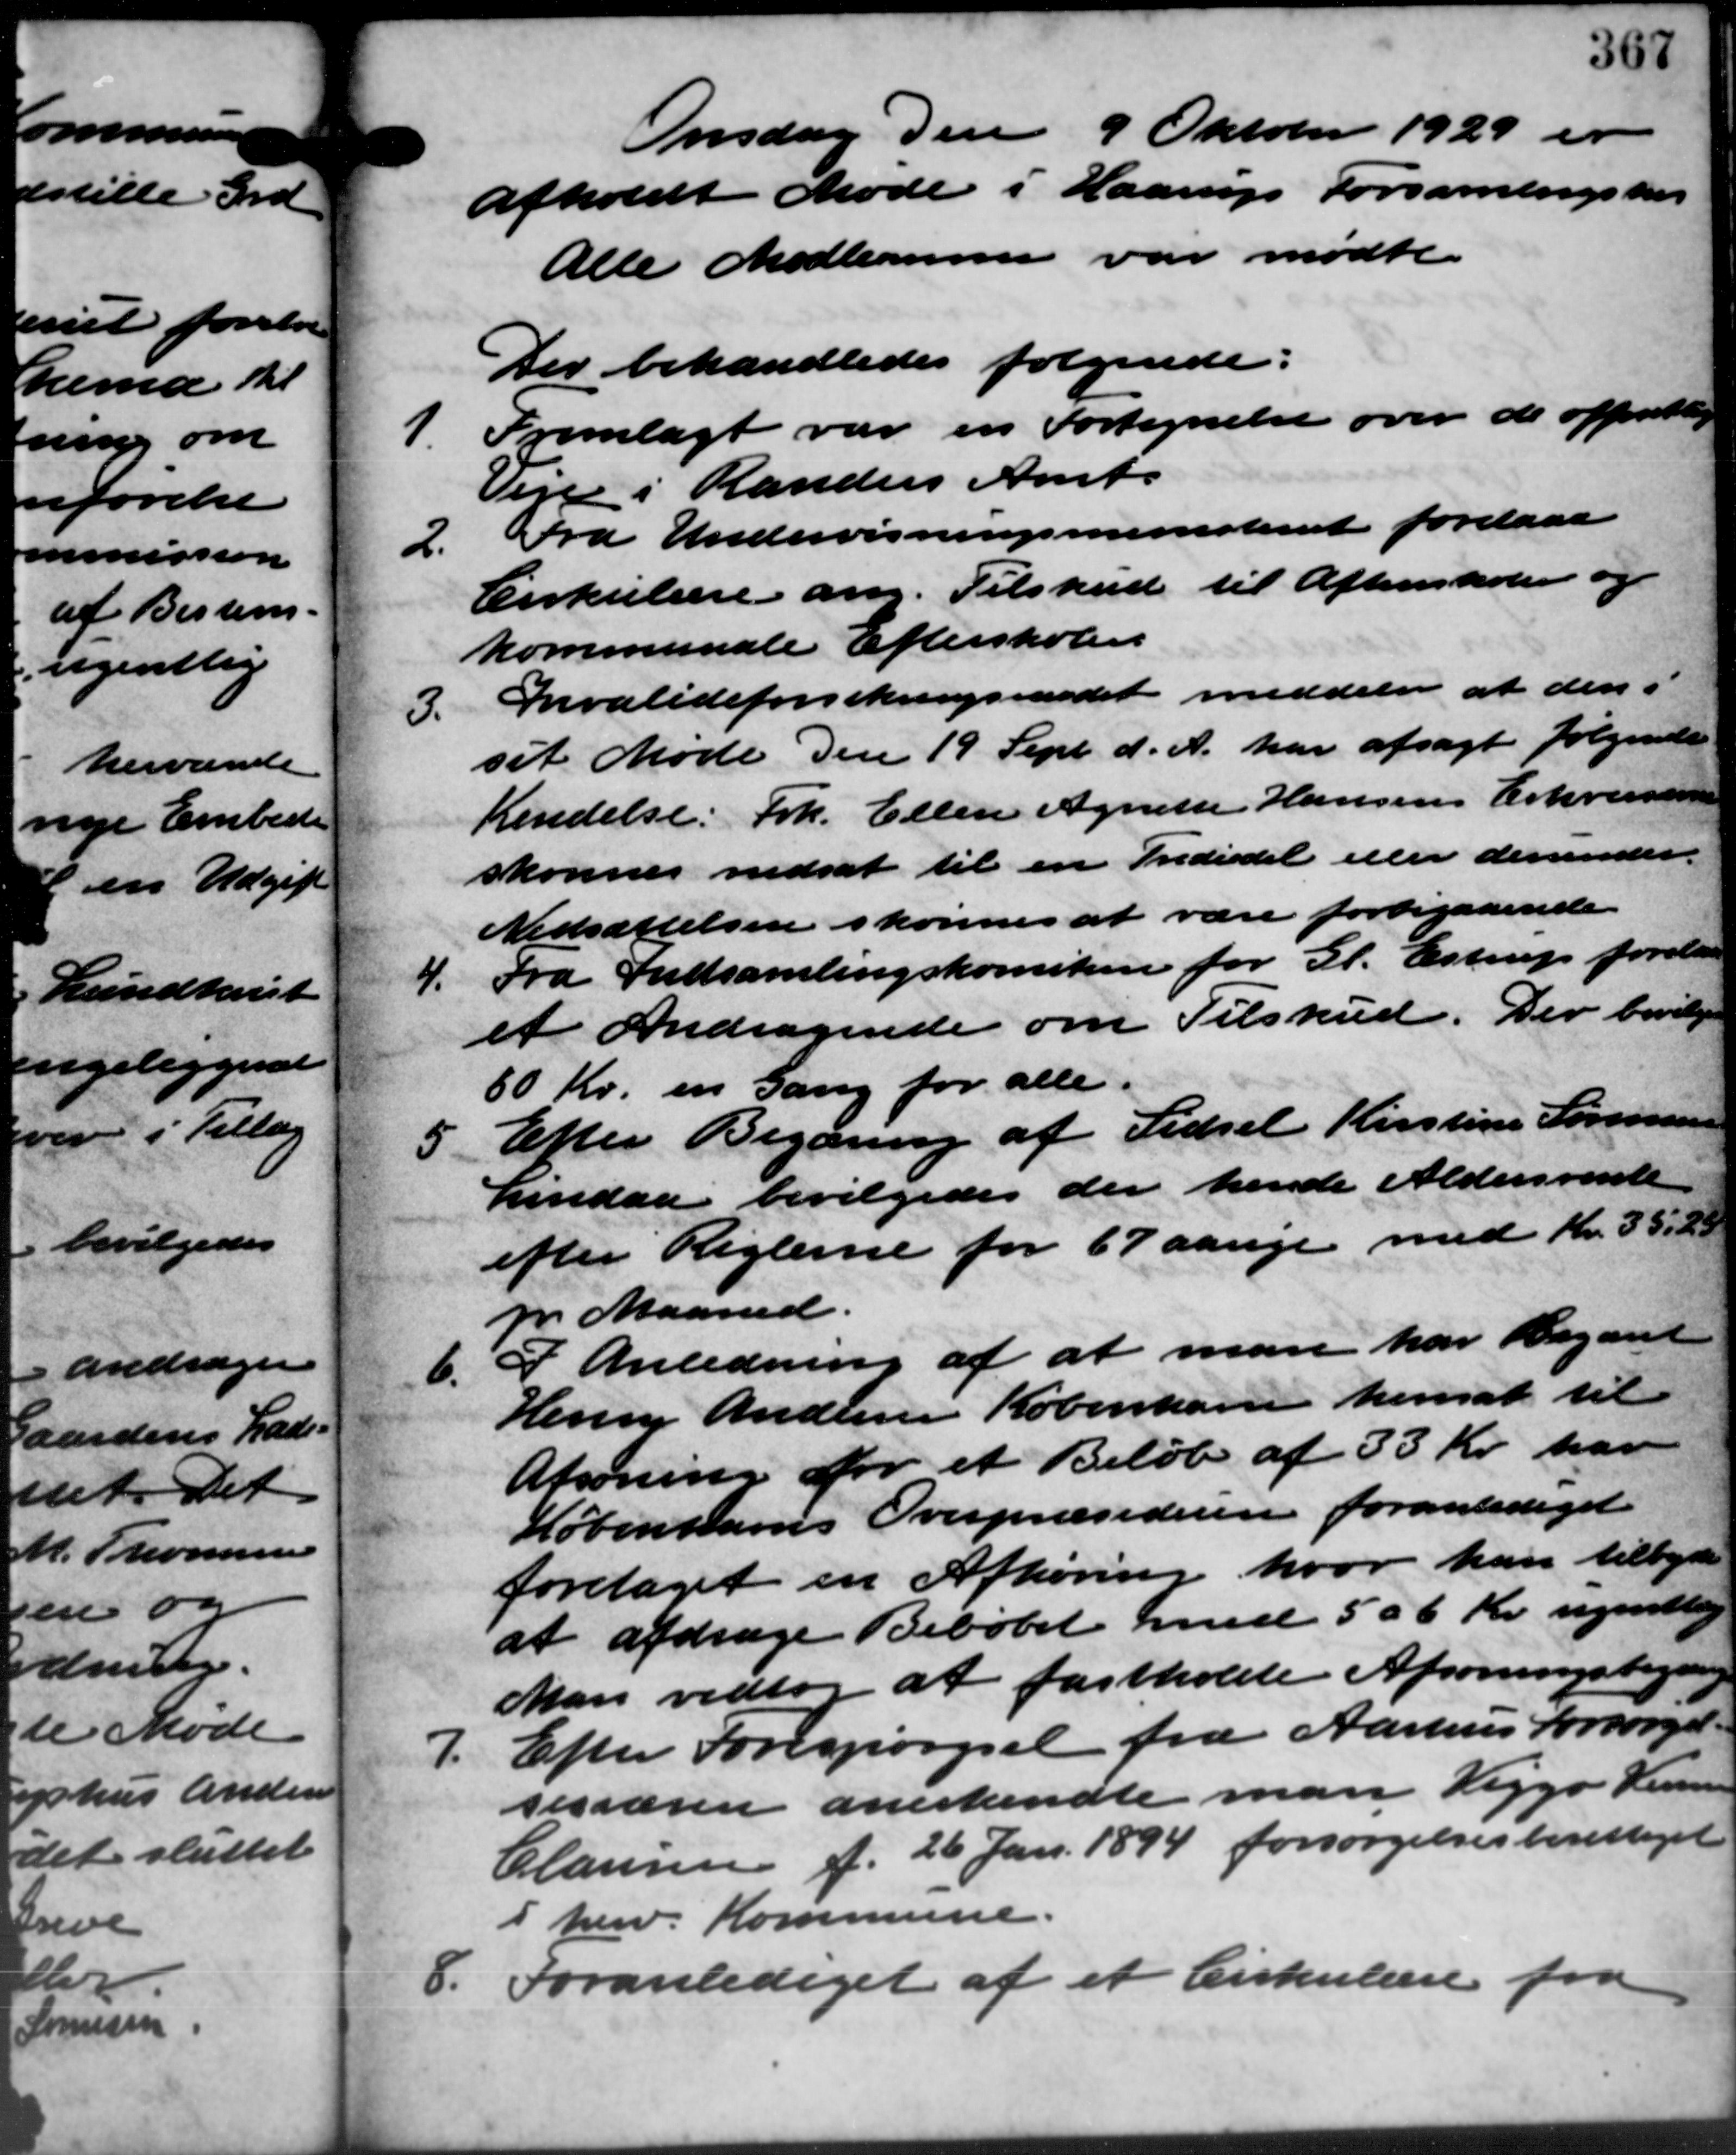
Transskription:
Onsdag den 9 Oktober 1929 er
afholdt Møde i Haarup Forsamlingshus
Alle Medlemmer var mødte.
Der behandledes følgende:
1.
Fremlagt var en Fortegnelse over de offentlig
Veje i Randers Amts
2.
Fra Undervisningsministeriet forelaaa
Cirkulære ang. Tilskud til Aftenskolen og
kommunale Efterskolen
3.
Invalideforsikringsraadet meddeler at den i
sit Møde den 19 Sept. d. A. har afsagt følgende
Kendelse: Frk. Ellen Agnette Hansens Erhvervss
skønnes nedsat til en Trediedel eller derunder.
Nedsættelsen skønnes at være forbigaaende
4.
Fra Indsamlingskomiteen for Gl. Estrup forelaa
et Andragende om Tilskud. Der bevilges
60 Kr. en Gang for alle.
5
Efter Begæring af Sidsel Kirstine Sørensen
Lindaa bevilgedes der hende Aldersrente
efter Reglerne for 67 aarige med Kr. 35,25
pr. Maaned.
6.
I Anledning af at man har Begæred
Henry Andersen København hensat til
Afsoning for et Beløb af 33 Kr. har
Københavns Overpræsideren foranlediget
foretaget en Afhøring hvor han tilbyde
at afdrage Beløbet med 506 Kr. ugentlig
Man vedtog at fastholde Afsoningsbegæring
7.
Efter Forespørgsel fra Aarhus Forsørgel-
sesværen anerkendte man Viggo Henn
Clausen f. 26 Jan. 1894 forsørgelsesberettiget
i herv. Kommune.
8. Foranlediget af et Cirkulære fra
8. Foranlediget af et Cirkulære fra